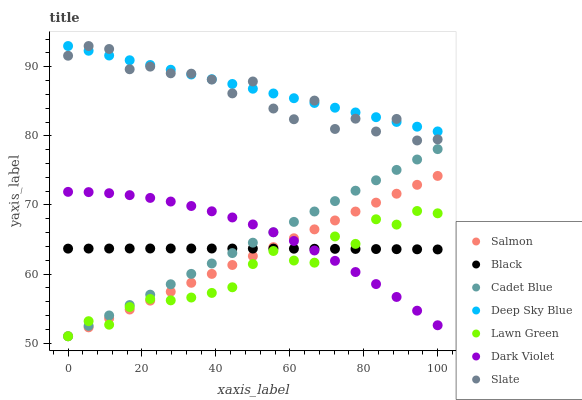
| xaxis_label | Salmon | Black | Cadet Blue | Deep Sky Blue | Lawn Green | Dark Violet | Slate |
 | --- | --- | --- | --- | --- | --- | --- | --- |
 | 0 | 51 | 63.7 | 51 | 93 | 51 | 71.9 | 91.6 |
 | 5.56 | 52.3 | 63.7 | 52.5 | 92.3 | 53.2 | 71.9 | 93 |
 | 11.1 | 53.6 | 63.7 | 54 | 91.6 | 52.7 | 71.7 | 92.6 |
 | 16.7 | 54.9 | 63.7 | 55.5 | 90.9 | 55.2 | 71.4 | 89.6 |
 | 22.2 | 56.2 | 63.7 | 57 | 90.3 | 56.4 | 71 | 90 |
 | 27.8 | 57.4 | 63.7 | 58.5 | 89.6 | 56.2 | 70.5 | 89.1 |
 | 33.3 | 58.7 | 63.7 | 60 | 88.9 | 56.6 | 69.8 | 89 |
 | 38.9 | 60 | 63.7 | 61.5 | 88.2 | 57.3 | 69.1 | 88.1 |
 | 44.4 | 61.3 | 63.7 | 63 | 87.5 | 58.1 | 68.2 | 86.1 |
 | 50 | 62.6 | 63.7 | 64.5 | 86.8 | 61.4 | 67.2 | 87.9 |
 | 55.6 | 63.9 | 63.7 | 66 | 86.1 | 63.3 | 66 | 84 |
 | 61.1 | 65.2 | 63.7 | 67.5 | 85.4 | 62 | 64.8 | 82.4 |
 | 66.7 | 66.5 | 63.7 | 69.1 | 84.8 | 61.6 | 63.4 | 85.1 |
 | 72.2 | 67.8 | 63.6 | 70.6 | 84.1 | 65.4 | 61.9 | 81 |
 | 77.8 | 69 | 63.6 | 72.1 | 83.4 | 64.4 | 60.3 | 82.5 |
 | 83.3 | 70.3 | 63.6 | 73.6 | 82.7 | 67.9 | 58.6 | 80.6 |
 | 88.9 | 71.6 | 63.6 | 75.1 | 82 | 67.2 | 56.7 | 82.4 |
 | 94.4 | 72.9 | 63.6 | 76.6 | 81.3 | 69.1 | 54.7 | 79.3 |
 | 100 | 74.2 | 63.6 | 78.1 | 80.6 | 68.8 | 52.6 | 79.5 |